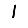
Digit: 1